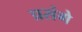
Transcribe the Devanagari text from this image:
प्रसंगे